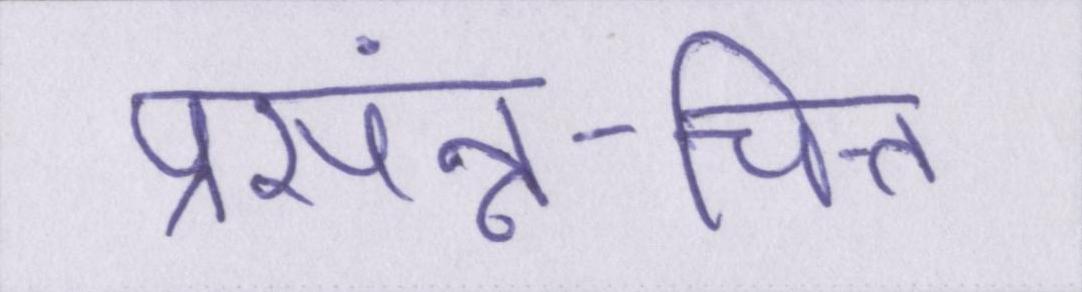
प्रसंन्न-चित्त